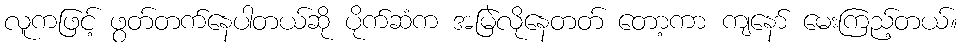
လူကဖြင့် ဖွတ်တက်နေပါတယ်ဆို ပိုက်ဆံက အမြဲလိုနေတတ် တော့ကာ ကျနော် မေးကြည့်တယ်။